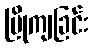
ပြိုကျခြင်း